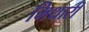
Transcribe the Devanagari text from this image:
मिथारी